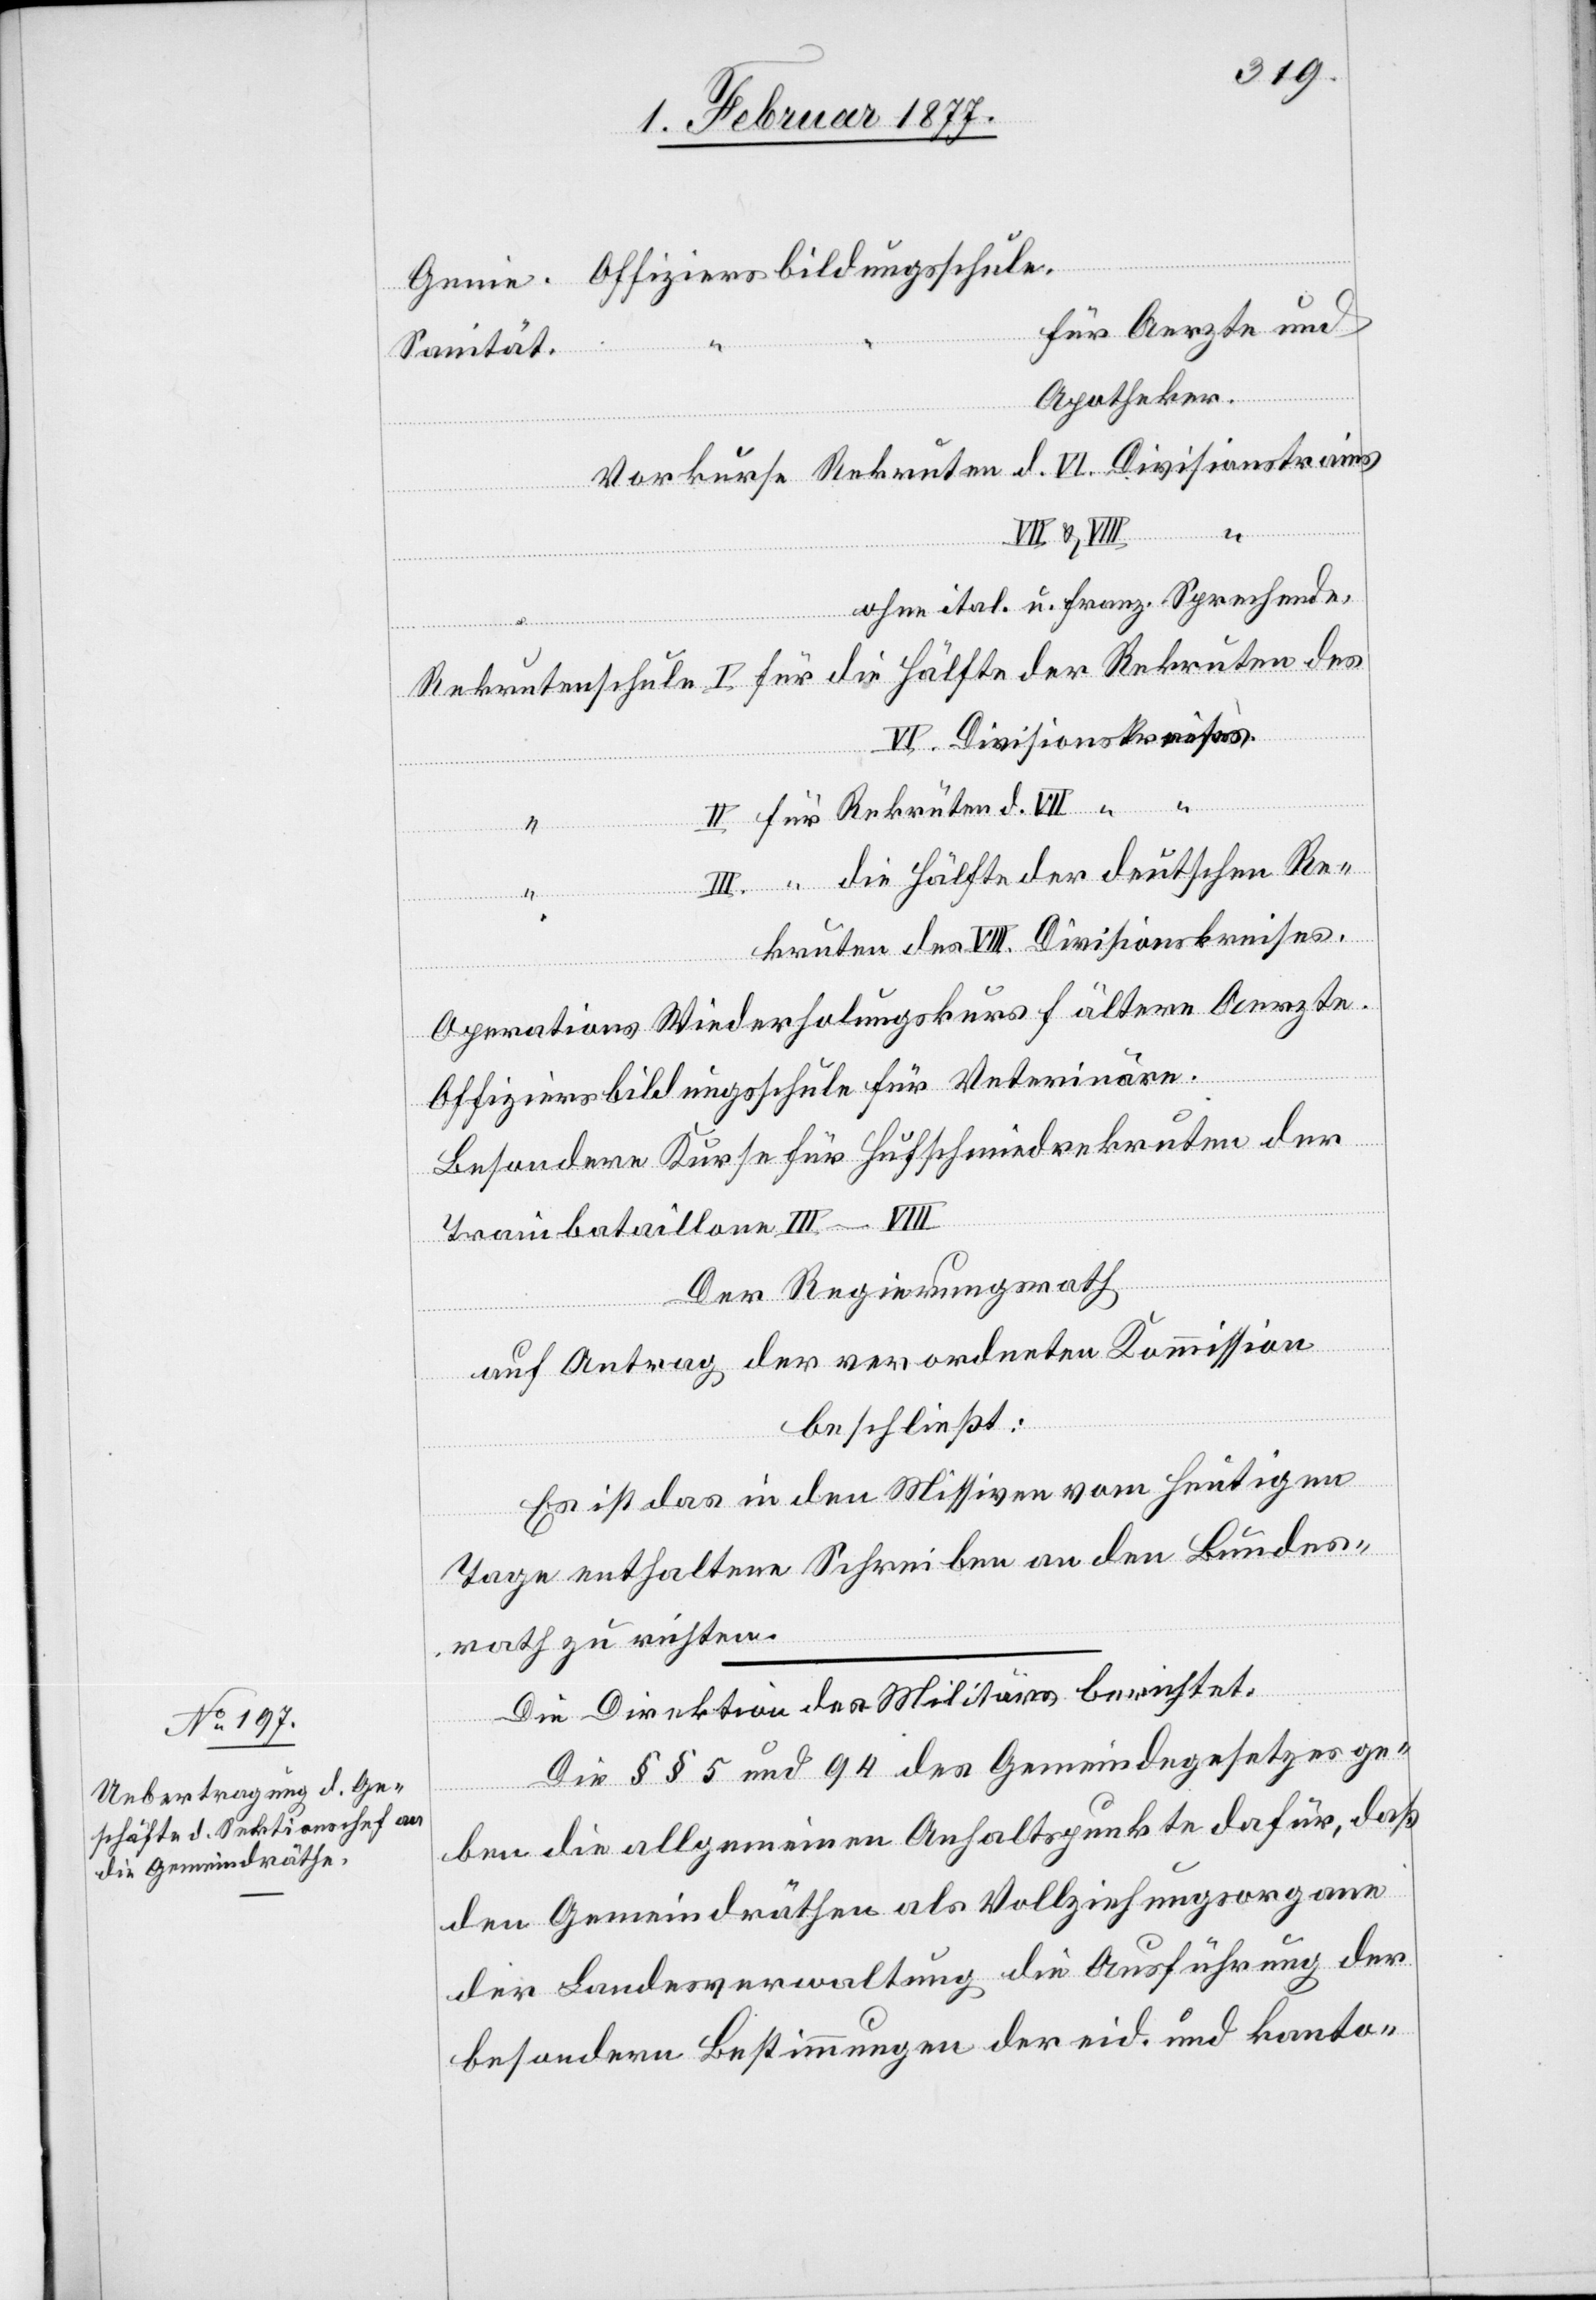
die

Offiziersbildungsschule.
für Aerzte und
Sanität.
Apotheker.
Re¬
Rekruten
ohne ital. u. franz. Sprechende.
VI. Divisionstrains
II für Rekruten d. VII “
III. “ die Hälfte der deutschen Re¬
kruten des VIII. Divisionskreises.
Operations Wiederholungskurs f. ältere Aerzte.
Offiziersbildungsschule für Veterinäre.
Besondere Kurse für Hufschmiedrekruten der
Trainbataillone III–VIII
Der Regierungsrath
auf Antrag der verordneten Kommission
beschließt:
Es ist das in den Missiven vom heutigen
Tage enthaltene Schreiben an den Bundes¬
rath zu richten.
enie.

“